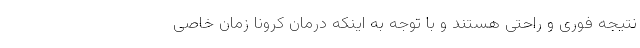
نتیجه فوری و راحتی هستند و با توجه به اینکه درمان کرونا زمان خاصی